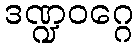
ဒဏ္ဍဝဂ္ဂေ